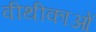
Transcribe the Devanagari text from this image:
वीथीकाओं